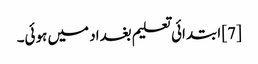
[7] ابتدائی تعلیم بغداد میں ہوئی۔